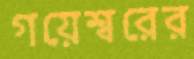
গয়েশ্বরের